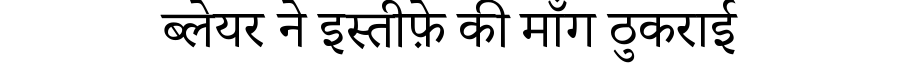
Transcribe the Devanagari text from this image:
ब्लेयर ने इस्तीफ़े की माँग ठुकराई